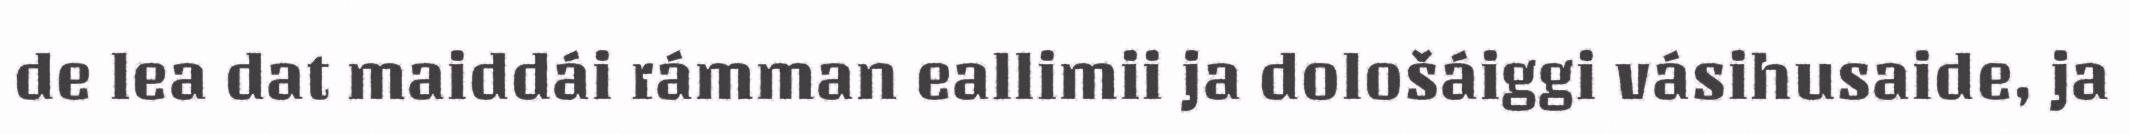
de lea dat maiddái rámman eallimii ja dološáiggi vásihusaide, ja